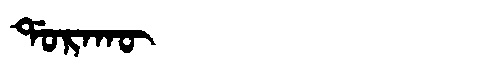
Manchu: ᡩᠣᡵᠠᡴᡡ
Romanization: DORAKŪ